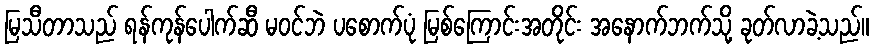
မြသီတာသည် ရန်ကုန်ပေါက်ဆီ မဝင်ဘဲ ပစောက်ပုံ မြစ်ကြောင်းအတိုင်း အနောက်ဘက်သို့ ခုတ်လာခဲ့သည်။